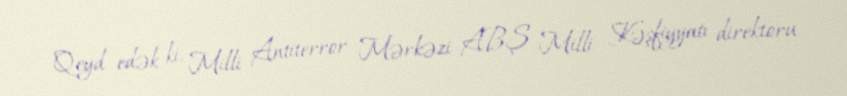
Qeyd edək ki, Milli Antiterror Mərkəzi ABŞ Milli Kəşfiyyatı direktoru